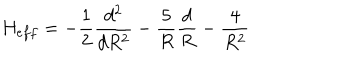
H _ { e f f } = - \frac { 1 } { 2 } \frac { d ^ { 2 } } { d R ^ { 2 } } - \frac { 5 } { R } \frac { d } { R } - \frac { 4 } { R ^ { 2 } }